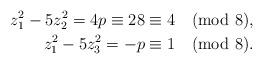
LaTeX: \begin{align*} z_{1}^{2} - 5z_{2}^{2} = 4p \equiv 28 \equiv 4 \pmod 8,\\ z_{1}^{2} - 5z_{3}^{2} = -p \equiv 1 \pmod 8.\end{align*}